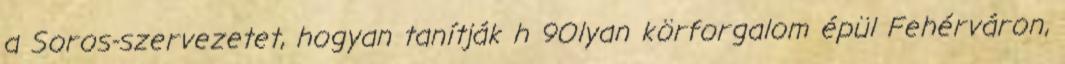
a Soros-szervezetet, hogyan tanítják h 9Olyan körforgalom épül Fehérváron,